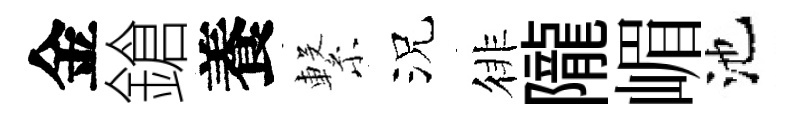
金鎗養繋況徘隴嵋池